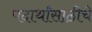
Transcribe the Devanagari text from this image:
पदार्थांसाठीचे